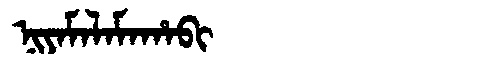
Manchu: ᠨᡳᠶᠠᠮᠠᠯᠠᠮᠠᡥᠠᠪᡳ
Romanization: NIYAMALAMAHABI